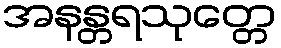
အနန္တရသုတ္တေ